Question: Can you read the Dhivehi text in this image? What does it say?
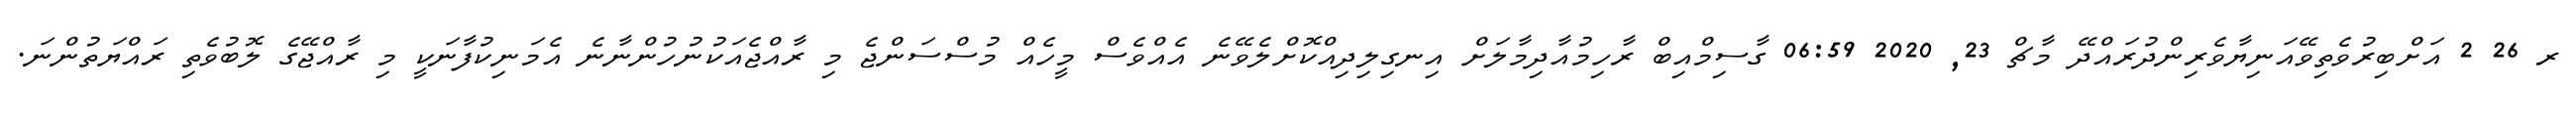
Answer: ރ 26 2 އަށްބިރުވެތިވޭއަނިޔާވެރިންދުރައްދޭ މާޗް 23, 2020 06:59 ގާސިމްއިބް ރާހިމުއާދިމާލަށް އިނގިލިދިއްކޮށްލެވޭނެ އެއްވެސް މީހެއް މުސްސަންޖެ މި ރާއްޖެއަކުނުހުންނާނެ އެމަނިކުފާނަކީ މި ރާއްޖޭގެ ލޮބުވެތި ރައްޔަތުންނަ.